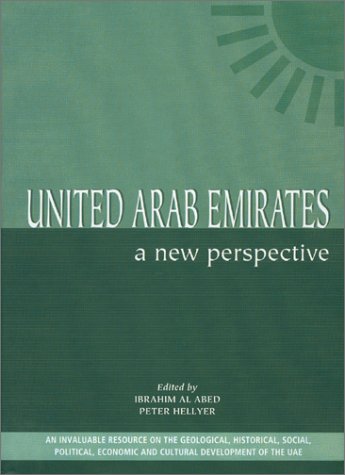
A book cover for United Arab Emirates: A New Perspective; Paula Vine; History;